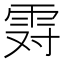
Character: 𱁒